Lunatic asylums Bombay report 1878-1890 - 1878-1890
Year: 1878
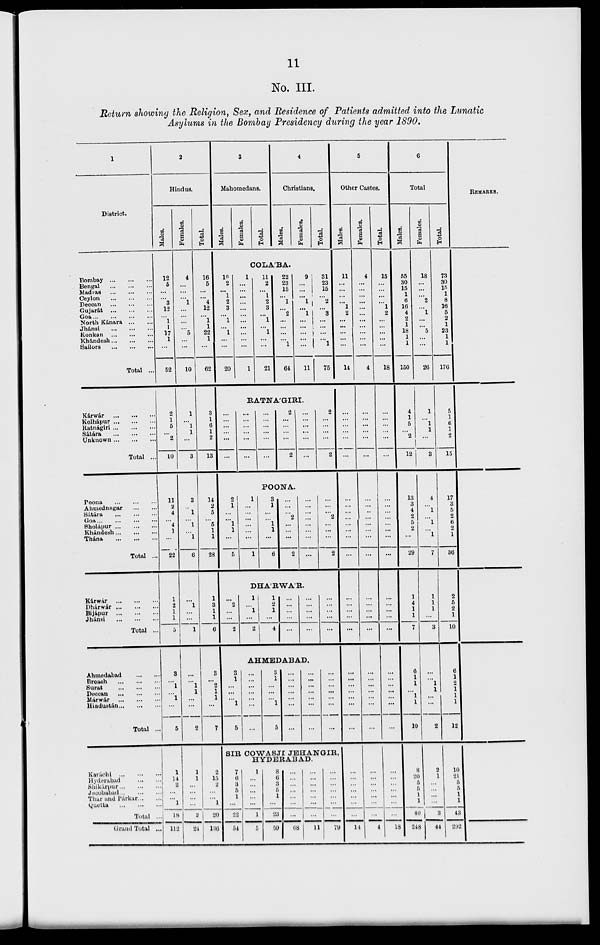
11
No. III.
Return showing the Religion, Sex, and Residence of Patients admitted into the Lunatic
Asylums in the Bombay Presidency during the year 1890.
1
District.
Bombay ... ... ...
Bengal ... ... ...
Madras ... ... ...
Ceylon ... ... ...
Deccan ... ... ...
Gujarát ... ... ...
Goa ... ... ... ...
North Kánara ... ...
Jhánsi ... ... ...
Konkan ... ... ...
Khándesh ... ... ...
Sailors ... ... ...
Total ...
Kárwár
...
... ...
Kolhápur ... ... ...
Ratnágiri ... ... ...
Sátára ... ... ...
Unknown ... ... ...
Total ...
Poona ... ... ...
Ahmednagar ... ...
Sátára ... ... ...
Goa ... ... ...
Sholápur ... ... ...
Khándesh ... ... ...
Thána ... ... ...
Total ...
Kárwár ...
... ...
Dhárwár ... ... ...
Bijápur ... ... ...
Jhánsi ... ... ...
Total ...
Ahmedabad ... ...
Broach ... ... ...
Surat ... ... ...
Deccan ... ... ...
Márwár ... ... ...
Hindustán ... ... ...
Total ...
Karáchi ... ... ...
Hyderabad ... ...
Shikárpur ... ... ...
Jucobabad ... ... ...
Thar and Párkar ... ...
Quetta ... ... ...
Total ...
Grand Total ...
2
Hindus.
Males.
12
5
...
... 3
12
...
1
1
17
1
...
52
2
1
5
...
2
10
11
2
4
...
4
1
...
22
1
2
1
1
5
3
...
1
...
1
5
1
14
... ...
... 1
18
112
Females.
4
...
...
... 1
...
...
...
...
5
...
...
10
1
...
1
1
...
3
3
...
1
...
1
...
1
6
...
1
...
...
1
...
...
1
1
...
...
2
1
1
...
...
...
...
2
24
Total.
16
5
...
... 4
12
...
1
1
22
1
...
62
3
1
6
1
2
13
14
2
5
...
5
1
1
28
1
3
1
1
6
3
...
2
1
1
...
7
2
15
2
...
... 1
20
136
3
Mahomedans.
Males.
Females.
Total.
4
Christians.
Males.
Females.
Total.
COLA'BA.
10
2
...
1
2
3
...
1
...
1
...
...
20
1
...
...
...
...
...
...
...
...
...
...
...
1
11
2
... 1
2
3
...
1
...
1
...
...
21
22
23
15
... 1
...
2
...
...
...
...
1
64
9
...
...
...
1
...
1
...
...
...
...
...
11
31
23
15
... 2
...
3
...
...
...
...
1
75
RATNA'GIRI.
...
...
...
...
...
...
...
...
...
...
...
...
...
...
...
...
...
...
2
...
...
...
...
2
...
...
...
...
...
...
2
...
...
...
...
2
POONA.
2
1
...
...
1
1
...
5
1
...
...
...
...
...
...
1
3
1
...
...
1
1
...
6
...
...
2
...
...
...
2
...
...
...
...
...
...
...
...
...
...
...
2
...
...
...
2
DHA'RWA'R.
...
2
...
...
2
1
...
1
...
2
1
2
1
...
4
...
...
...
...
...
...
...
...
...
...
...
...
...
...
...
AHMEDABAD.
3
1
...
...
...
1
5
...
...
...
...
...
...
...
3
1
...
...
...
1
5
...
...
...
...
...
...
...
...
...
...
...
...
...
...
...
...
...
...
...
...
...
SIR COWASJI JEHANGIR,
HYDERABAD.
7
6
3
5
1
...
22
54
1
...
...
...
... ...
1
5
8
6
3
5
1
...
23
59
...
...
...
...
...
...
...
68
...
...
...
...
...
...
...
11
...
...
...
...
...
...
...
79
5
Other Castes.
Males.
11
...
...
...
...
1
2
...
...
...
...
...
14
...
...
...
...
...
...
...
...
...
...
...
...
...
...
...
...
...
...
...
...
...
...
...
...
...
...
...
...
...
...
...
...
...
14
Females.
4
...
...
...
...
...
...
...
...
...
...
...
4
...
...
...
...
...
...
...
...
..
...
...
...
...
...
...
...
...
...
...
...
...
...
...
...
...
...
...
...
...
...
...
...
...
4
Total.
15
...
...
...
...
1
2
...
...
...
...
...
18
...
...
...
...
...
...
...
...
...
...
...
...
...
...
...
...
...
...
...
...
...
...
...
...
...
...
...
...
...
...
...
...
18
6
Total
Males.
55
30
15
1
6
16
4
2
1
18
1
1
150
4
1
5
...
2
12
13
3
4
2
5
2
...
29
1
4
1
1
7
6
1
1
...
1
1
10
8
20
5
5
1
1
40
248
Females.
18
...
...
... 2
...
1
...
...
5
...
...
26
1
...
1
1
...
3
4
...
1
...
1
...
1
7
1
1
1
...
3
...
...
1
1
...
...
2
2
1
...
...
...
...
3
44
Total.
73
30
15
1
8
16
5
2
1
23
1
1
176
5
1
6
1
2
15
17
3
5
2
6
2
1
36
2
5
2
1
10
6
1
2
1
1
1
12
10
21
5
5
1
1
43
292
REMARKS.